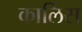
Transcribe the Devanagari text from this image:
कार्लिस